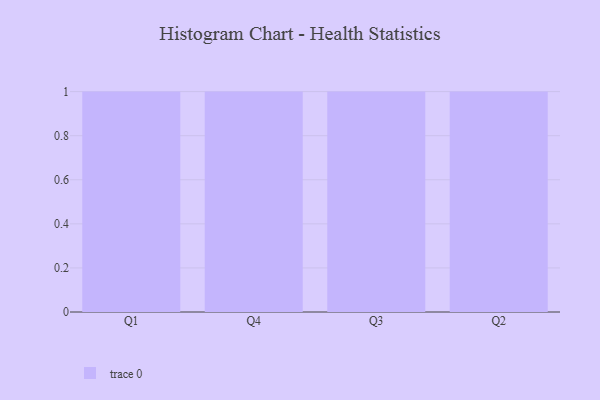
{"axis": {"x": "Quarter", "y": "Operating Costs (USD K)"}, "legend": [""], "data": [{"x": "Q1", "y": 29, "type": ""}, {"x": "Q4", "y": 70, "type": ""}, {"x": "Q3", "y": 27, "type": ""}, {"x": "Q2", "y": 10, "type": ""}]}